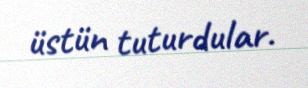
üstün tuturdular.